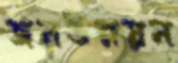
জনউন্নয়ন